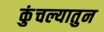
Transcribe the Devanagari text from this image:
कुंचल्यातुन